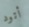
أتود